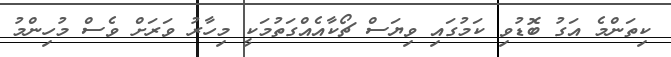
ކިތަންމެ އަގު ބޮޑުވި ކަމުގައި ވިޔަސް ޗޯކާއެއްގަތުމަކީ މިހާރު ވަރަށް ވެސް މުހިންމު